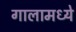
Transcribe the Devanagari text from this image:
गालामध्ये